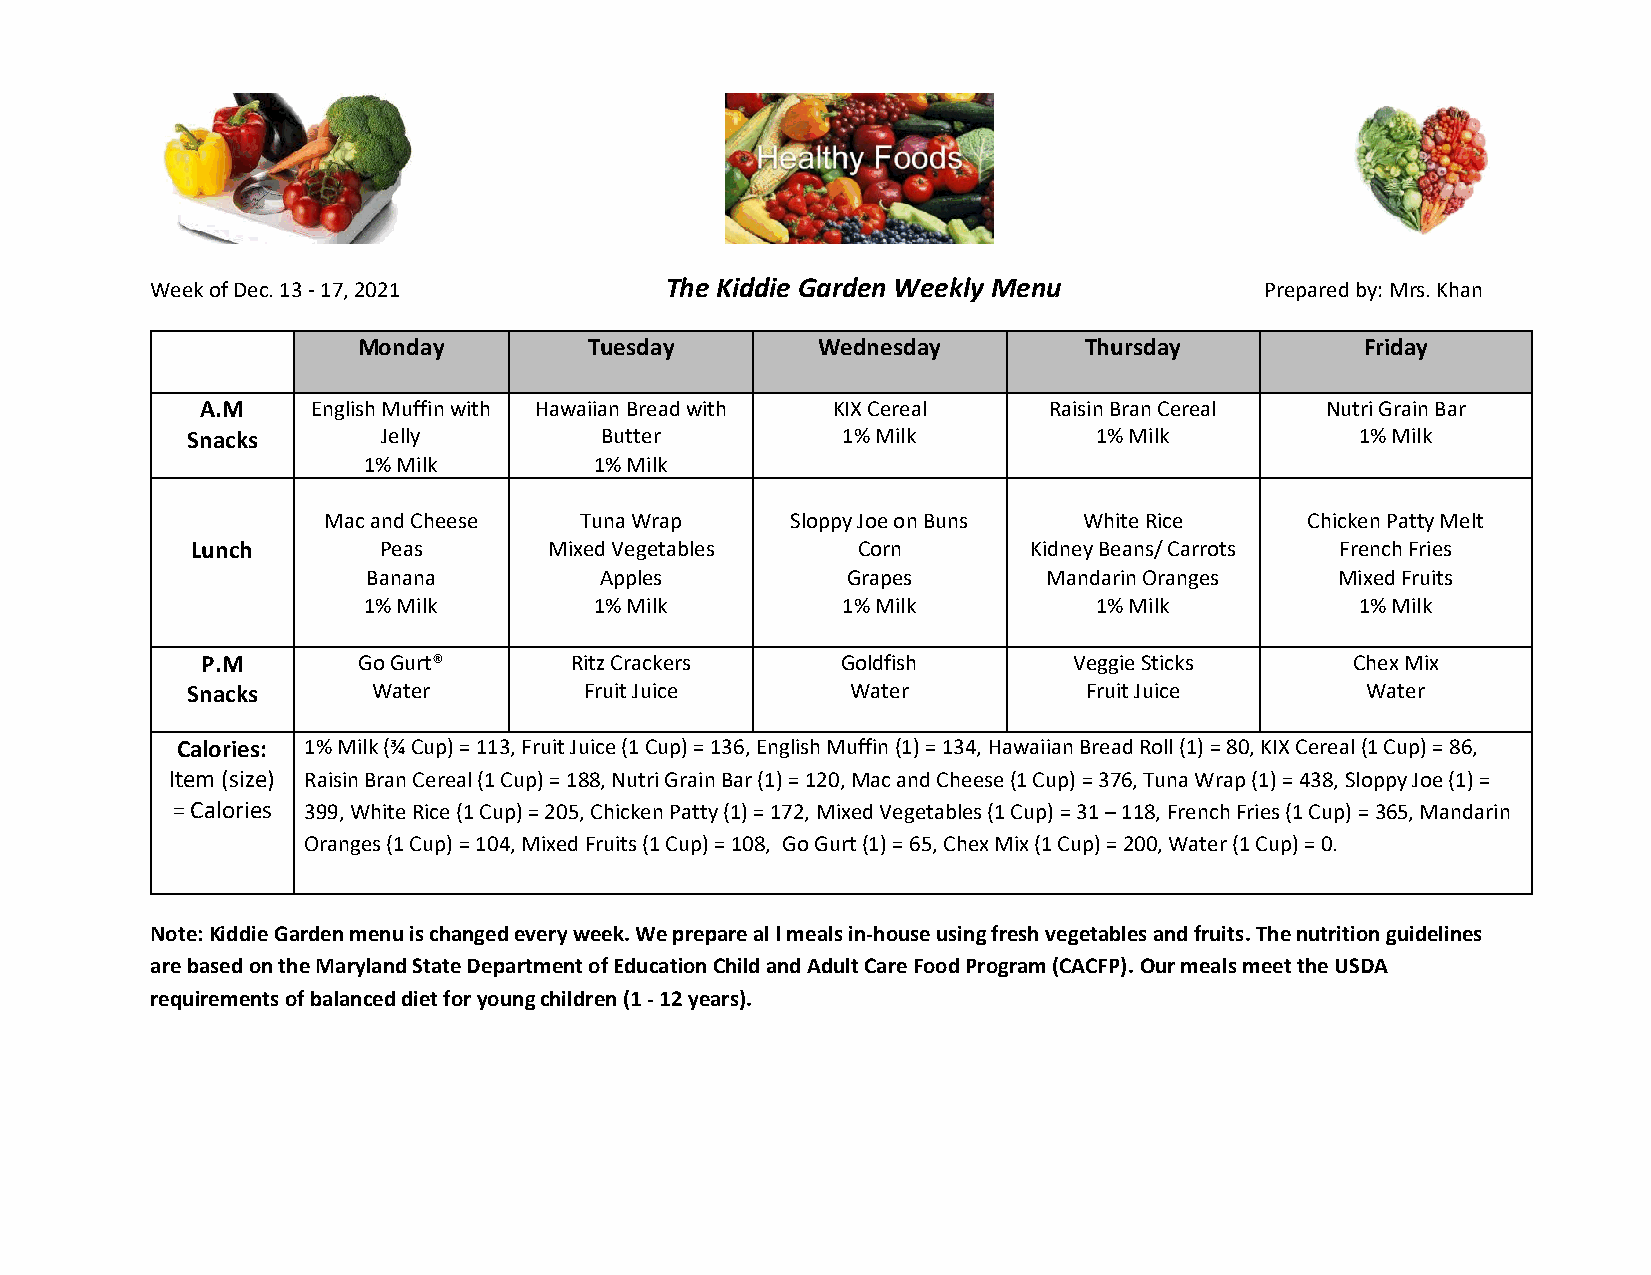
Week of Dec. 13 - 17, 2021        The Kiddie Garden Weekly Menu           Prepared by: Mrs. Khan
 Monday         Tuesday        Wednesday         Thursday          Friday
 A.M     English Muffin with Hawaiian Bread with KIX Cereal Raisin Bran Cereal Nutri Grain Bar
 Snacks       Jelly          Butter          1% Milk          1% Milk          1% Milk
 1% Milk        1% Milk
 Mac and Cheese   Tuna Wrap     Sloppy Joe on Buns  White Rice     Chicken Patty Melt
 Lunch       Peas       Mixed Vegetables     Corn       Kidney Beans/ Carrots French Fries
 Banana          Apples          Grapes       Mandarin Oranges    Mixed Fruits
 1% Milk        1% Milk          1% Milk          1% Milk          1% Milk
 P.M        Go Gurt®      Ritz Crackers     Goldfish       Veggie Sticks      Chex Mix
 Snacks       Water         Fruit Juice      Water           Fruit Juice       Water
 Calories: 1% Milk (¾ Cup) = 113, Fruit Juice (1 Cup) = 136, English Muffin (1) = 134, Hawaiian Bread Roll (1) = 80, KIX Cereal (1 Cup) = 86,
 Item (size) Raisin Bran Cereal (1 Cup) = 188, Nutri Grain Bar (1) = 120, Mac and Cheese (1 Cup) = 376, Tuna Wrap (1) = 438, Sloppy Joe (1) =
 = Calories 399, White Rice (1 Cup) = 205, Chicken Patty (1) = 172, Mixed Vegetables (1 Cup) = 31 – 118, French Fries (1 Cup) = 365, Mandarin
 Oranges (1 Cup) = 104, Mixed Fruits (1 Cup) = 108, Go Gurt (1) = 65, Chex Mix (1 Cup) = 200, Water (1 Cup) = 0.
 Note: Kiddie Garden menu is changed every week. We prepare al l meals in-house using fresh vegetables and fruits. The nutrition guidelines
 are based on the Maryland State Department of Education Child and Adult Care Food Program (CACFP). Our meals meet the USDA
 requirements of balanced diet for young children (1 - 12 years).